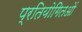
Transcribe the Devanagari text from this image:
प्रतियोगितओं